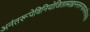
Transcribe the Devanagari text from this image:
अनंतरूपेविनियोजितात्माह्यनन्तरूपायनमोनमस्ते॥